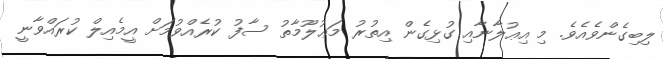
ލިބިގެންވެއެވެ. މި އިޢުލާނާއި ގުޅިގެން އިތުރު މަޢުލޫމާތު ސާފު ކުރެއްވުމަށް އީމެއިލް ކުރައްވާނީ